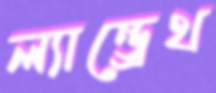
ল্যান্ড্রেথ